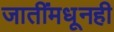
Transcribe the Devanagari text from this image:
जातींमधूनही